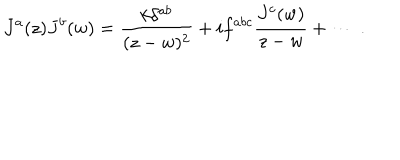
J ^ { a } ( z ) J ^ { b } ( w ) = \frac { k \delta ^ { a b } } { ( z - w ) ^ { 2 } } + i f ^ { a b c } \frac { J ^ { c } ( w ) } { z - w } + \cdots ~ .